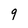
Character: 9